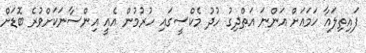
ފައިތިލައާ ހަމައަށް އަންނަ އަތްދިގު ހުދު މެކްސީގައި ހުރުމުން އެއީ އިންސާނަކަށްވުރެ ބޮޑަށް